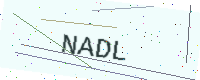
Text: NADL